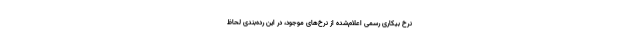
نرخ بیکاری رسمی اعلام‌شده از نرخ‌های موجود، در این رده‌بندی لحاظ